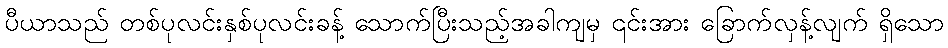
ပီယာသည် တစ်ပုလင်းနှစ်ပုလင်းခန့် သောက်ပြီးသည့်အခါကျမှ ၎င်းအား ခြောက်လှန့်လျက် ရှိသော